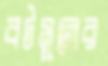
বটমূলের